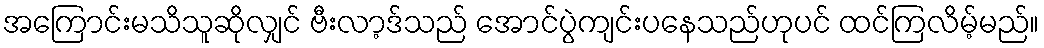
အကြောင်းမသိသူဆိုလျှင် ဗီးလာ့ဒ်သည် အောင်ပွဲကျင်းပနေသည်ဟုပင် ထင်ကြလိမ့်မည်။